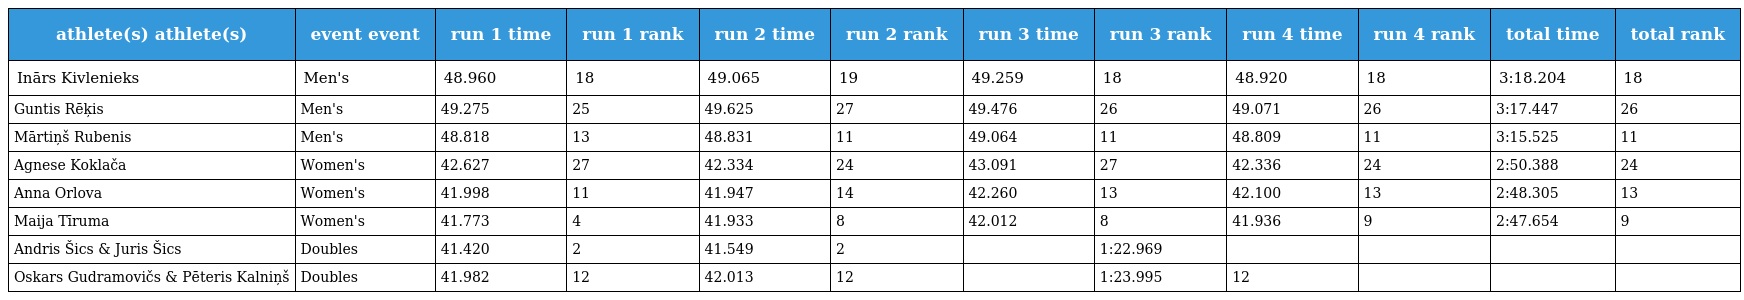
| athlete(s) athlete(s) | event event | run 1 time | run 1 rank | run 2 time | run 2 rank | run 3 time | run 3 rank | run 4 time | run 4 rank | total time | total rank |
 | --- | --- | --- | --- | --- | --- | --- | --- | --- | --- | --- | --- |
 | Inārs Kivlenieks | Men's | 48.960 | 18 | 49.065 | 19 | 49.259 | 18 | 48.920 | 18 | 3:18.204 | 18 |
 | Guntis Rēķis | Men's | 49.275 | 25 | 49.625 | 27 | 49.476 | 26 | 49.071 | 26 | 3:17.447 | 26 |
 | Mārtiņš Rubenis | Men's | 48.818 | 13 | 48.831 | 11 | 49.064 | 11 | 48.809 | 11 | 3:15.525 | 11 |
 | Agnese Koklača | Women's | 42.627 | 27 | 42.334 | 24 | 43.091 | 27 | 42.336 | 24 | 2:50.388 | 24 |
 | Anna Orlova | Women's | 41.998 | 11 | 41.947 | 14 | 42.260 | 13 | 42.100 | 13 | 2:48.305 | 13 |
 | Maija Tīruma | Women's | 41.773 | 4 | 41.933 | 8 | 42.012 | 8 | 41.936 | 9 | 2:47.654 | 9 |
 | Andris Šics & Juris Šics | Doubles | 41.420 | 2 | 41.549 | 2 |  | 1:22.969 |  |  |  |  |
 | Oskars Gudramovičs & Pēteris Kalniņš | Doubles | 41.982 | 12 | 42.013 | 12 |  | 1:23.995 | 12 |  |  |  |